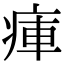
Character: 㾝